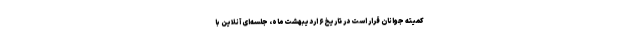
کمیته جوانان قرار است در تاریخ ۶ اردیبهشت‌ماه، جلسه‌ای آنلاین با